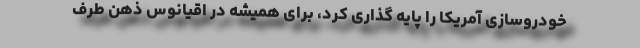
خودروسازی آمریکا را پایه گذاری کرد، برای همیشه در اقیانوس ذهن طرف